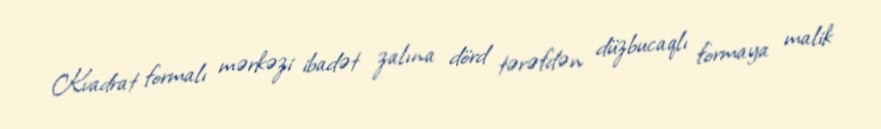
Kvadrat formalı mərkəzi ibadət zalına dörd tərəfdən düzbucaqlı formaya malik